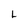
Character: L